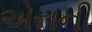
એનની